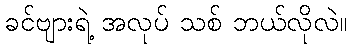
ခင်ဗျားရဲ့ အလုပ် သစ် ဘယ်လိုလဲ။